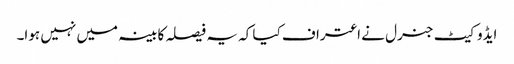
ایڈوکیٹ جنرل نے اعتراف کیا کہ یہ فیصلہ کابینہ میں نہیں ہوا۔